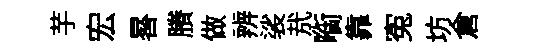
芋宏晷賸做辨裟㢤㗸靠寃坊倉